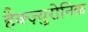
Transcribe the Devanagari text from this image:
हैक्ज़्युरोनिक